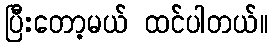
ပြီးတော့မယ် ထင်ပါတယ်။